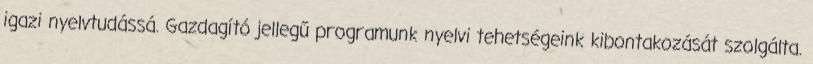
igazi nyelvtudássá. Gazdagító jellegű programunk nyelvi tehetségeink kibontakozását szolgálta.